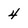
Character: 4